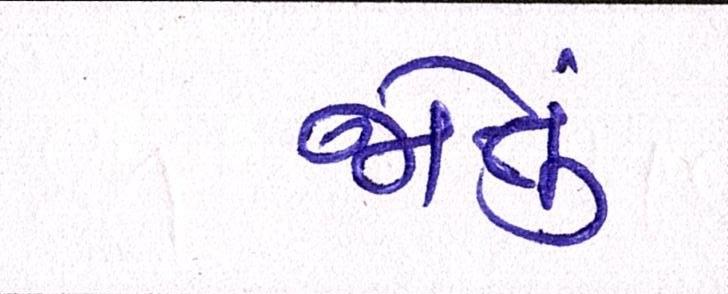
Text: જોતું